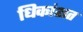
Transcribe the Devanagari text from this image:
धिकांशत